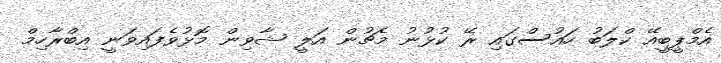
އެމްޕީބީއޭ ކްލަބު ހައުސްގައި ރޭ ކުޅުނު މެޗުން އަލީ ޝާވިން މޮޅުވެފައިވަނީ އިބްރާހިމް